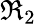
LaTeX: \Re_{2}